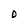
Character: D